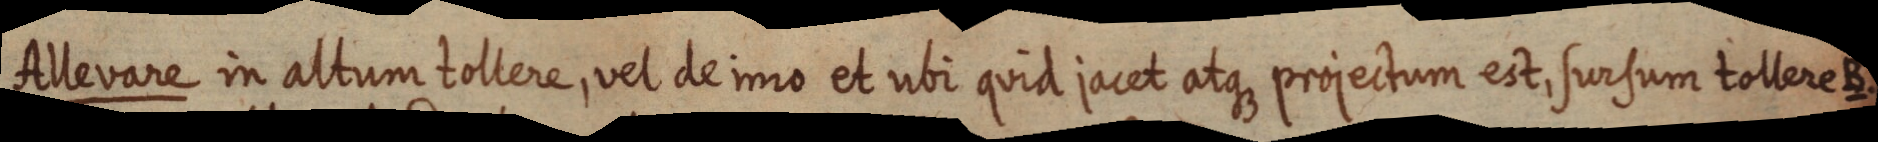
Allevare in altum tollere, vel de imo et ubi quid jacet atque projectum est, sursum tollere B.